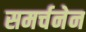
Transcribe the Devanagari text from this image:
समर्चनेन